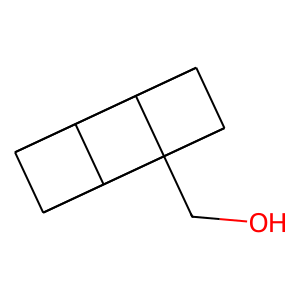
SMILES: OCC12C3C4C5C3C1C5C42
Inhibits HIV replication: No